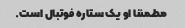
مطمئنا او یک ستاره فوتبال است.